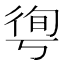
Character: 𢔐